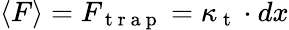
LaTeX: \langle F\rangle=F_{\mathrm{~t~r~a~p~}}=\kappa_{\mathrm{~t~}}\cdot dx